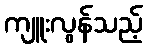
ကျူးလွန်သည့်